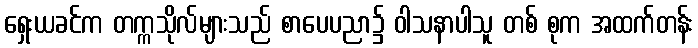
ရှေးယခင်က တက္ကသိုလ်များသည် စာပေပညာ၌ ဝါသနာပါသူ တစ် စုက အထက်တန်း